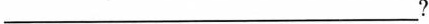
___?